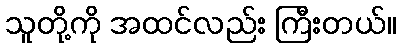
သူတို့ကို အထင်လည်း ကြီးတယ်။